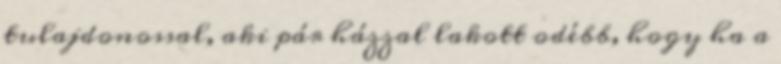
tulajdonossal, aki pár házzal lakott odébb, hogy ha a